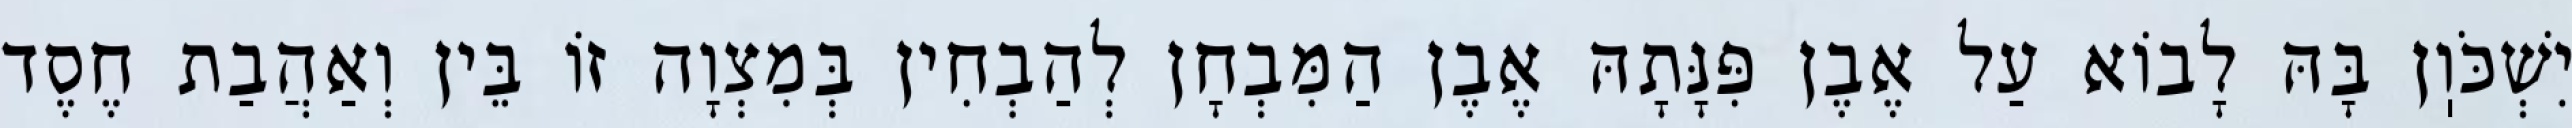
יִשְׁכֹּוֽן בָּהּ לָבוֹא עַל אֶבֶן פִּנָּתָהּ אֶבֶן הַמִּבְחָן לְהַבְחִין בְּמִצְוָה זוֹ בֵּין וְאַהֲבַת חֶסֶד